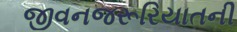
જીવનજરૂરિયાતની